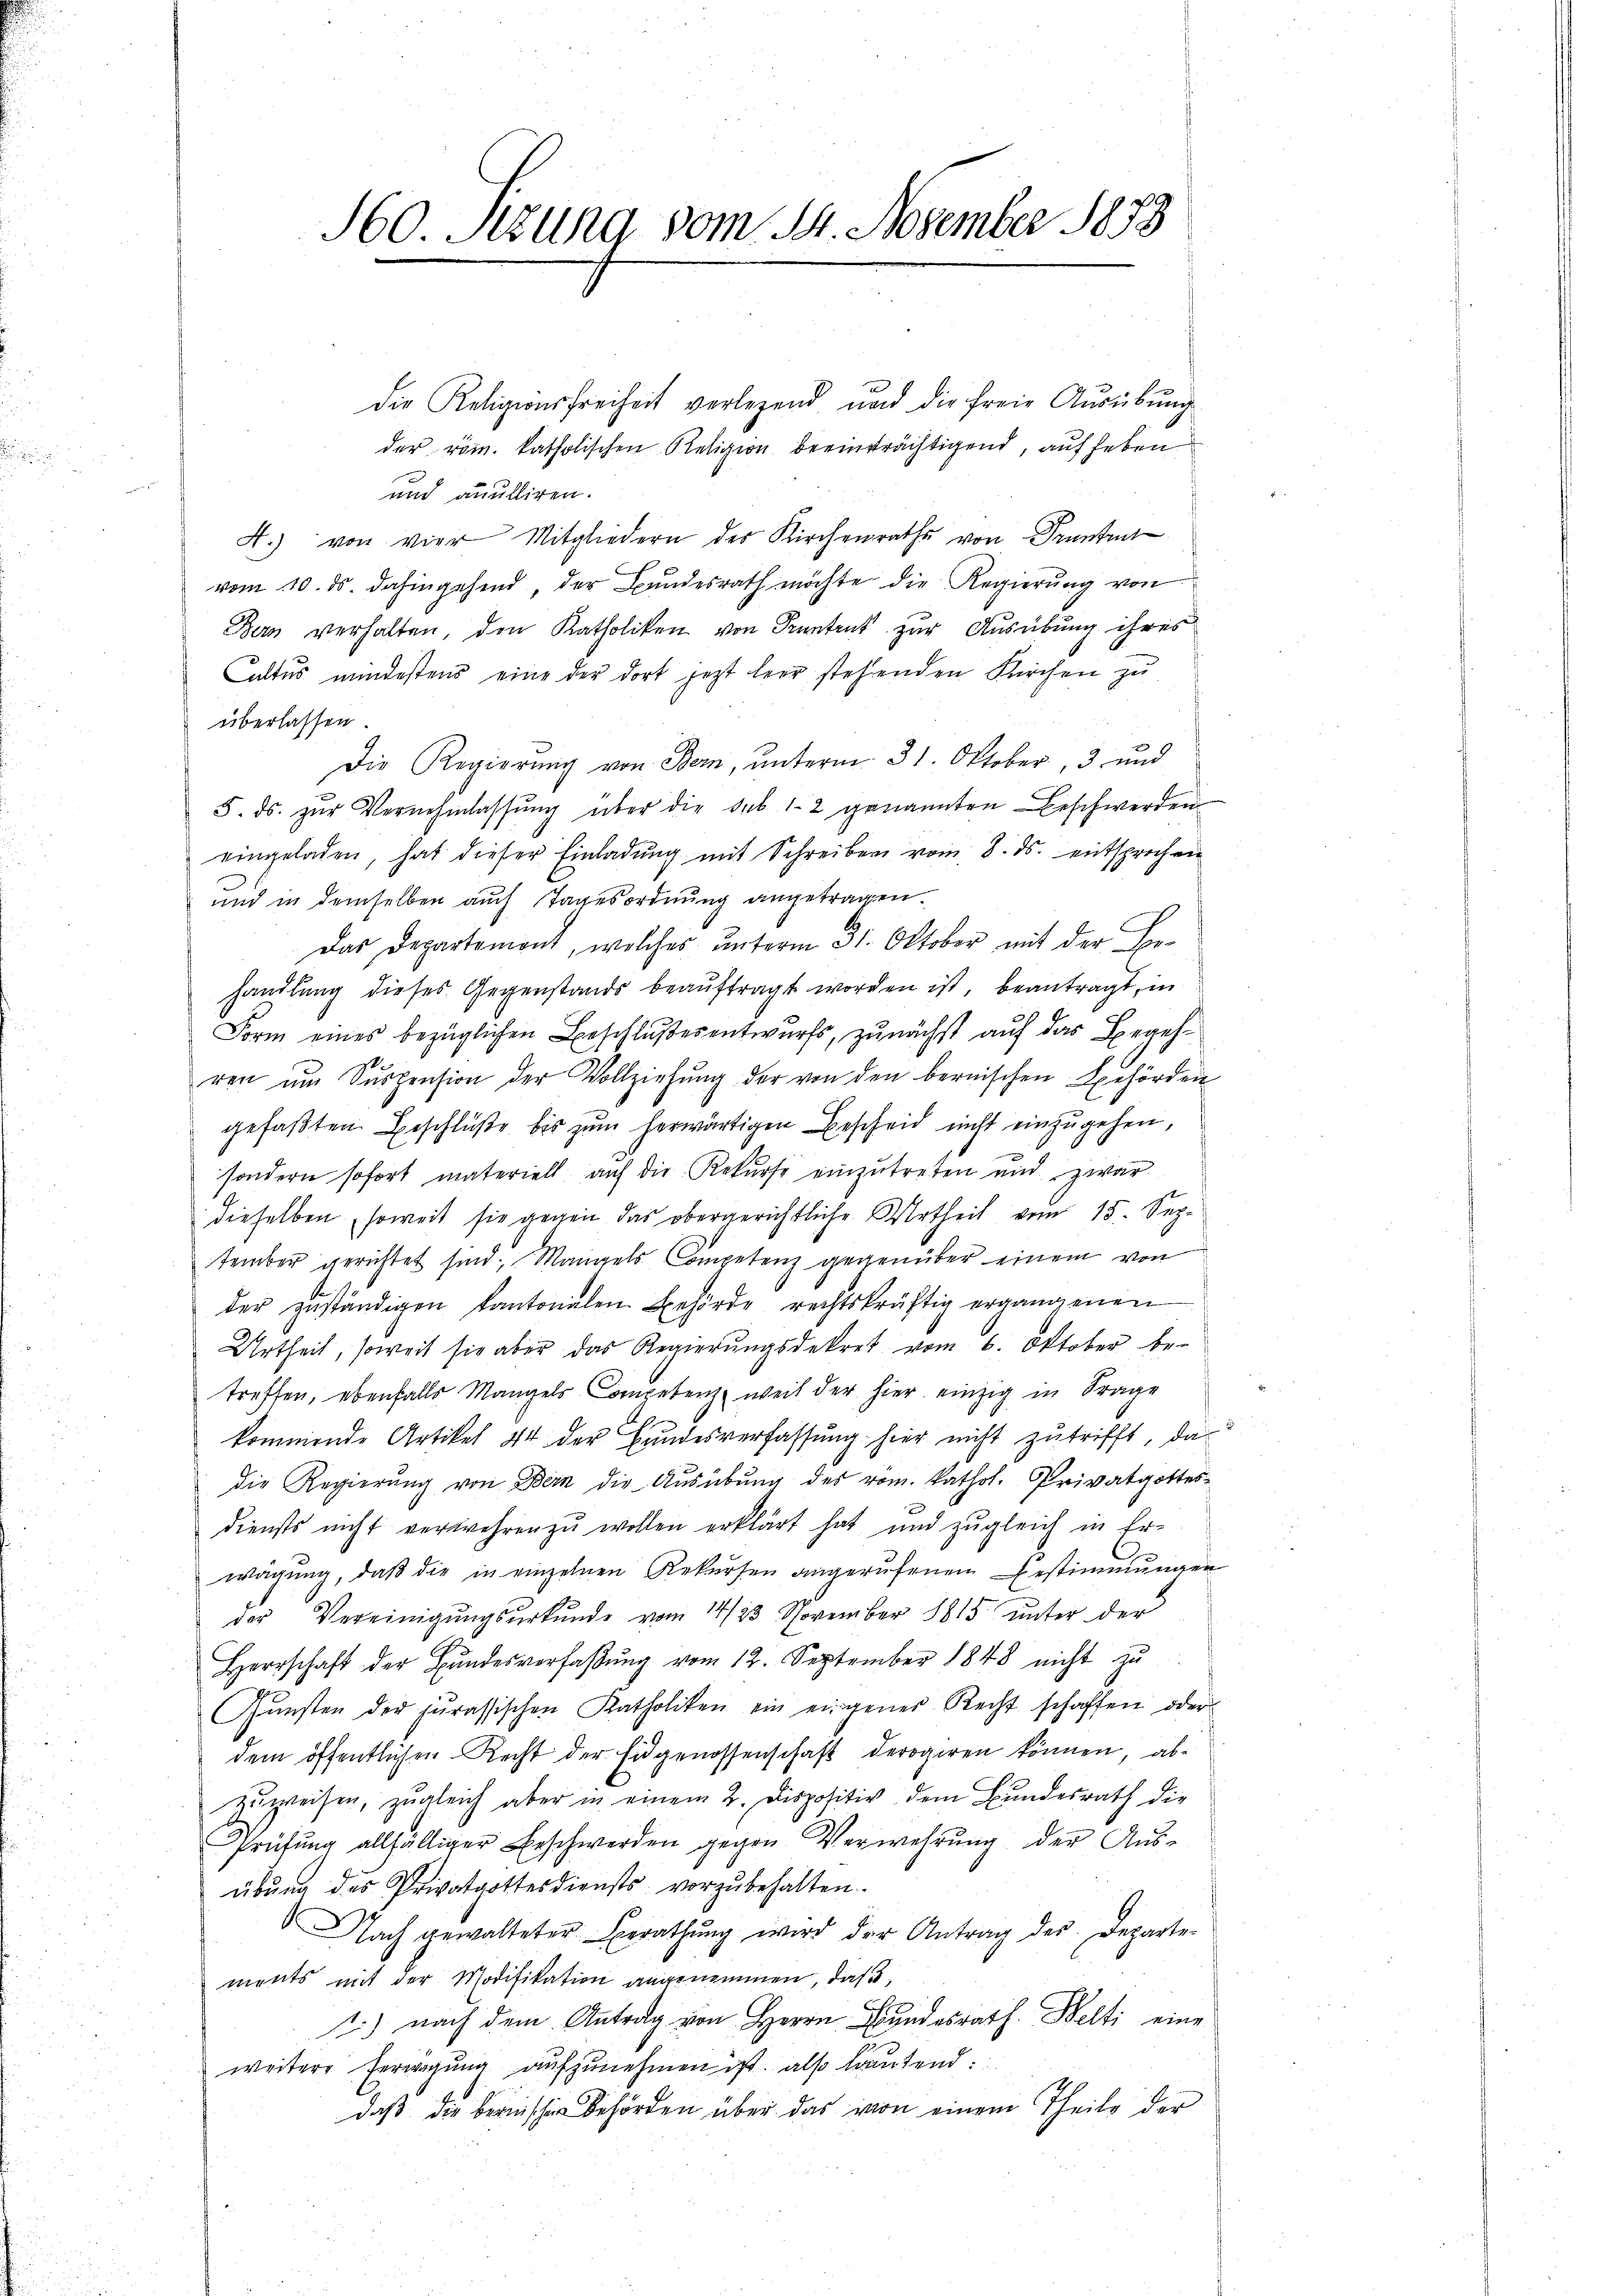
160. Setzung vom 14. November 1873

die Religionsfreiheit verlegend und die freie Ausübung
der röm. katholischen Religion beeinträchtigend, auf heben
und anulliren.
A.) von vier Mitgliedern der Kirchenraths von Pruntrut
vom 10. ds. dahingehend, der Bundesrath möchte die Regierung von
Bern verhalten, den Katholiken von Pruntrut zur Ausübung ihres
Cultus mindestens eine der dort jetzt leer stehenden Kirchen zu
überlassen.
Die Regierŭng von Bern, ŭnterm 31. Oktober, 3 und
5. ds. zŭr Vernehmlassŭng über die sub 12 genannten Beschwerden
eingeladen, hat dieser Einladung mit Schreiben vom 8. ds. entsprochen
und in demselben auch Tagesordnung angetragen.
Das Departemont, welches ŭnterm 31. Oktober mit der Behandlung dieses Gegenstands beauftragt worden ist, beantragt, in
Form eines bezüglichen Beschlußesentwurfs, zunächst auf das Begehren ŭm Sŭspension der Vollziehŭng der von den bernischen Behörden
gefaßten Beschlüße bis zum herwärtigen Bescheid nicht einzugehen,
sondern sofort materiell auf die Rekurse einzŭtreten und zwar
dieselben, soweit sie gegen das obergerichtliche Urtheil vom 15. September gerichtet sind; Mangels Competenz gegenüber einem von
der zŭständigen kantonalen Behörde rechtskräftig ergangenen
Urtheil, soweit sie aber das Regierungsdekret vom 6. Oktober betreffen, ebenfalls Mangels Competenz, weil der hier einzig in Frage
kommende Artikel 14 der Bundesverfassung hier nicht zutrifft, da
die Regierung von Bern die Ausübung des vom kathol. Privatgottesdiensts nicht verwehren zŭ wollen erklärt hat und zugleich in Er-
wägung, daß die in einzelnen Rekursen angerufenen Bestimmungen
der Vereinigŭngsŭrkŭnde vom 14/23. November 1815 ŭnter der
Herrschaft der Bŭndesverfaβŭng vom 12. September 1848 nicht zu
Gŭnsten der jurassischen Katholiken ein eingener Recht schaffen oder
dem öffentlichen Recht der Eidgenossenschaft derogiren können, abzuweisen, zugleich aber in einem 2. Dispositiv dem Bundesrath die
Prüfung allfälliger Beschwerden gegen Verwehrung der Ausübung des Privatgottesdiensts vorzubehalten.
Nach gewalteter Berathŭng wird der Antrag des Departe-
ments mit der Modifikation angenommen, daß
1) nach dem Antrag von Herrn Bundesrath. Welti eine
weitere Verwegung aufzunehmen ist, also lautend:
daß die berischen Behörden über das von einem Theile der